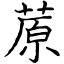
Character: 蒝